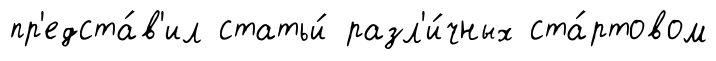
пр'едста́в'ил статьи́ разл'и́чных ста́ртовом